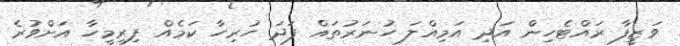
ވަޒީފާ ރައްޓެހިން އަދި އަމިއްލަ ހުނަރުތައް ފަދަ ހުރިހާ ކަމެއް ފިރިމީހާ އަށްވުރެ